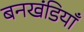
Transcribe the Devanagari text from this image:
बनखंडियाँ